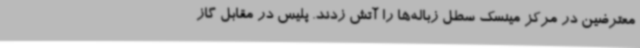
معترضین در مرکز مینسک سطل زباله‌ها را آتش زدند. پلیس در مقابل گاز